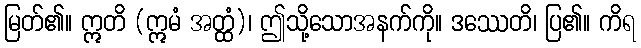
မြတ်၏။ ဣတိ (ဣမံ အတ္ထံ)၊ ဤသို့သောအနက်ကို။ ဒဿေတိ၊ ပြ၏။ ကိရ